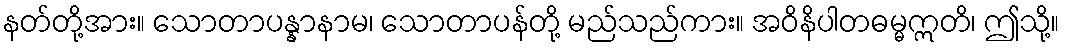
နတ်တို့အား။ သောတာပန္နာနာမ၊ သောတာပန်တို့ မည်သည်ကား။ အဝိနိပါတဓမ္မဣတိ၊ ဤသို့။